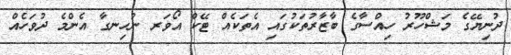
ދުނިޔޭގެ މަޝްހޫރު ހިއްސާގެ ބާޒާރުތަކުގައި އެތަކެއް ޓޭކް އޯވަރ ނުހިނގާ އެންމެ ދުވަހެއް